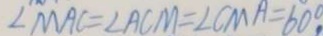
\angle M A C = \angle A C M = \angle C M A = 6 0 ^ { \circ }